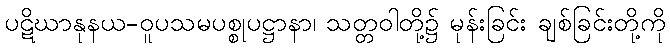
ပဋိဃာနုနယ-ဝူပသမပစ္စုပဋ္ဌာနာ၊ သတ္တဝါတို့၌ မုန်းခြင်း ချစ်ခြင်းတို့ကို